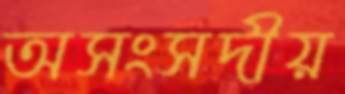
অসংসদীয়